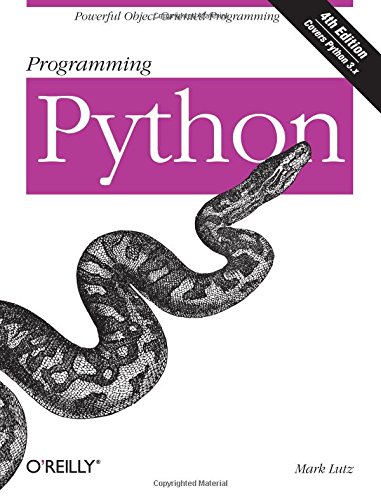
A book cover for Programming Python; Mark Lutz; Computers & Technology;